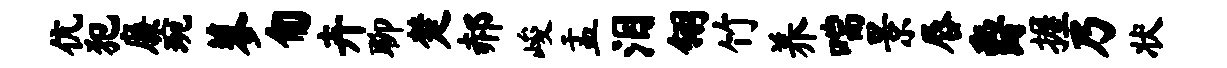
伉犯廉琬蓼匍卉聊楚郝峻盂泪翎竹养喘景唇爵握乃状